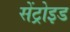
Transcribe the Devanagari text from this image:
सेंट्रोइड